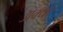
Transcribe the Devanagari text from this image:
अक्थर